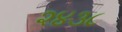
૨૪૩૮